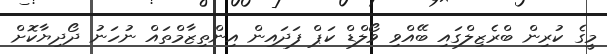
މީގެ ކުރިން ބްރެޒިލްގައި ބޭއްވި ވޯލްޑް ކަޕް ފަދައިން އިންތިޒާމްތައް ނުހަނު ދޯދިޔާކޮށް